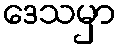
ဒေသမှာ